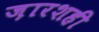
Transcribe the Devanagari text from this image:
ज़ारशही